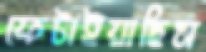
ফেটাইয়াছিস